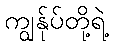
ကျွန်ုပ်တို့ရဲ့